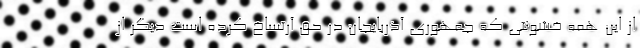
از این همه خشونتی که جمهوری آذربایجان در حق آرتساخ کرده است دیگر از